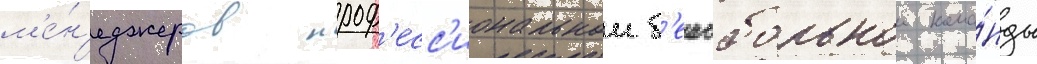
м'е́н'еджеров проф'есс'иональнои б'еисбольнои кома́нды